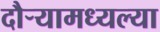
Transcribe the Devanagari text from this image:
दौर्‍यामध्यल्या